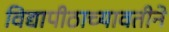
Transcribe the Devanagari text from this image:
विद्यापीठाच्यावतीने